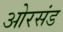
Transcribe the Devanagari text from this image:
ओरसंड